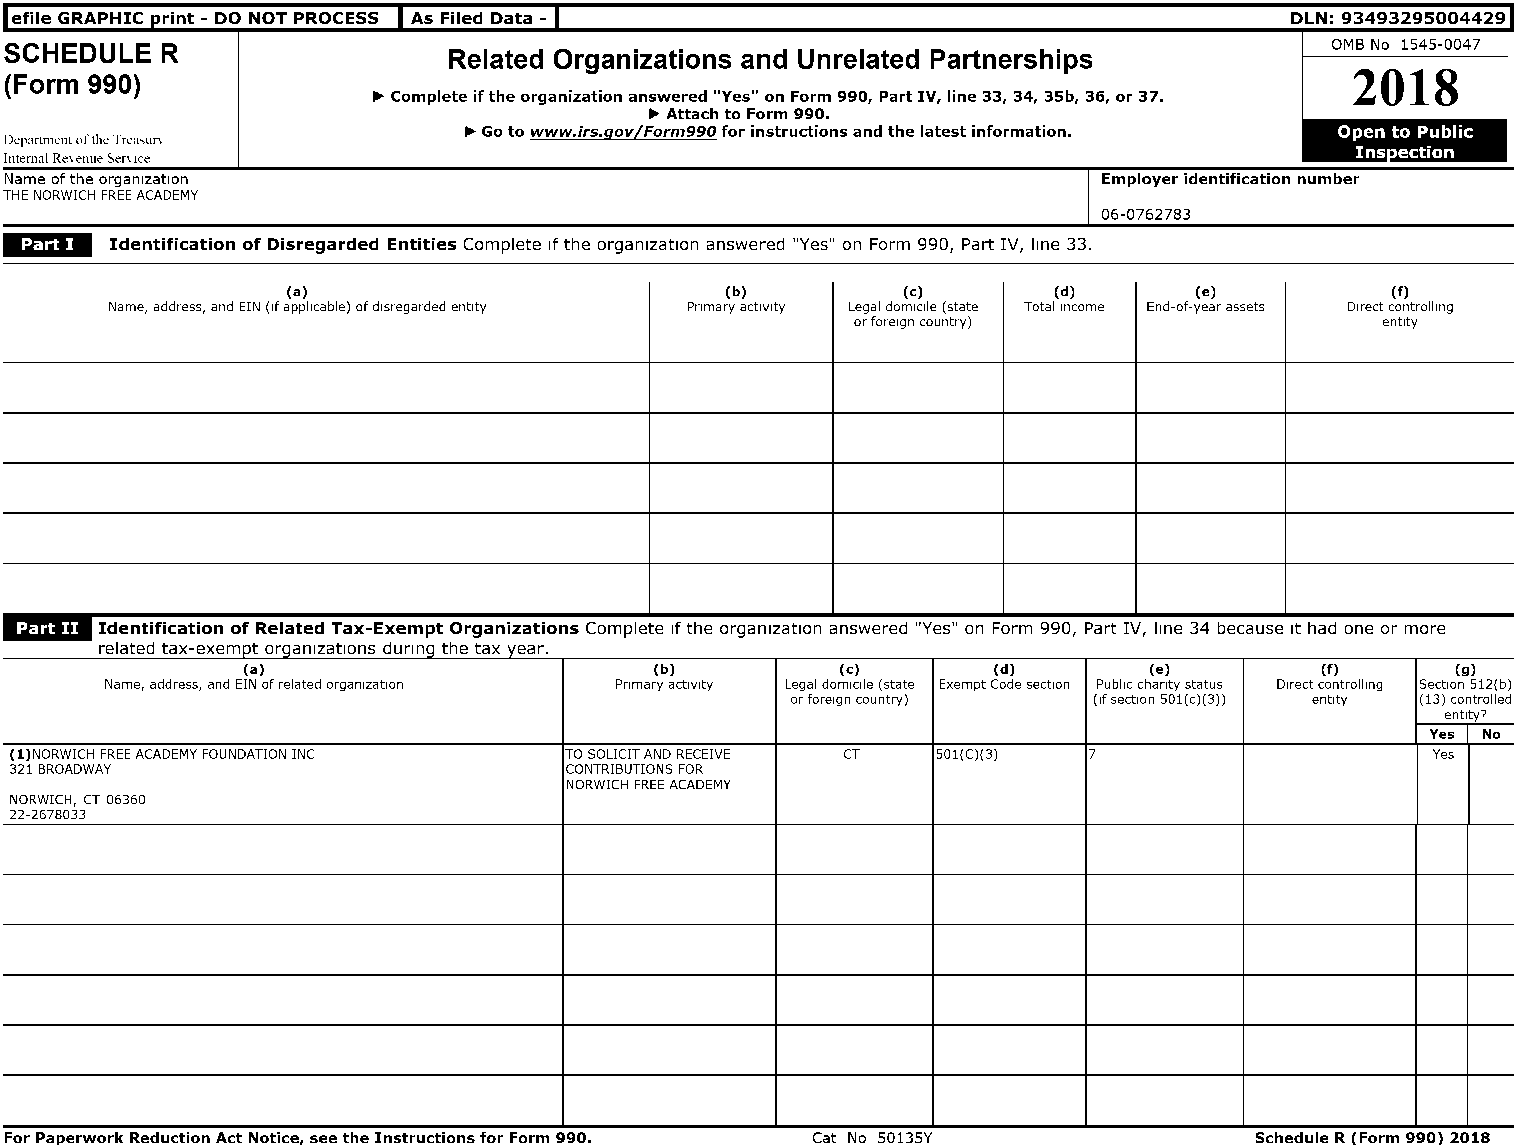
efile GRAPHIC rint - DO NOT PROCESS As Filed Data -                                 DLN:9349329S004429
 SCHEDULE   R                  Related Organizations and Unrelated Partnerships          OMS No 1545-0047
 2018
 (Form 990)
 ~ Complete if the organization answered "Yes" on Form 990, Part IV, line 33, 34, 35b, 36, or 37.
 ~ Attach to Form 990.
 DepJrtmc-nt of the TreJ~uT"\   ~ Go to www.irs.qov/Form990 for instructions and the latest information. Open to Public
 Ins ection
 Intem~d Re\ C"nuC" ~ef\ Ice
 Name of the organization                                                 Employer identification number
 THE NORWICH FREE ACADEMY
 06-0762783
 I@'.
 Identification of Disregarded Entities Complete If the organization answered "Yes" on Form 990, Part IV, line 33.
 (a)                          (b)         (e)       (d)      (e)          (f)
 Name, address, and EIN (If applicable) of disregarded entity Pnmaryactlvlty Legal domicile (state Total Income End-of-year assets Direct controlling
 or foreign country)                entity
 ~"'IiII". Identification of Related Tax-Exempt Organizations Complete If the organization answered "Yes" on Form 990, Part IV, line 34 because It had one or more
 related tax-exempt organizations dUring the tax year.
 (a)                        (b)          (e)       (d)       (e)        (f)      (g)
 Name, address, and EIN of related organization Pnmary activity Legal domicile (state Exempt Code section Public chanty status Direct controlling Section S12(b)
 or foreign country) (If section SOl(c)(3)) entity (13) controlled
 entlty7
 Yes No
 (l)NORWICH FREE ACADEMY FOUNDATION INC TO SOLICIT AND RECEIVE CT SOl(C)(3) 7                  Yes
 321 BROADWAY                        CONTRIBUTIONS FOR
 NORWICH FREE ACADEMY
 NORWICH, CT 06360
 22-2678033
 For Pa erwork Reduction Act Notice see the Instructions for Form 990. Cat No 50135Y Schedule R Form 990 2018